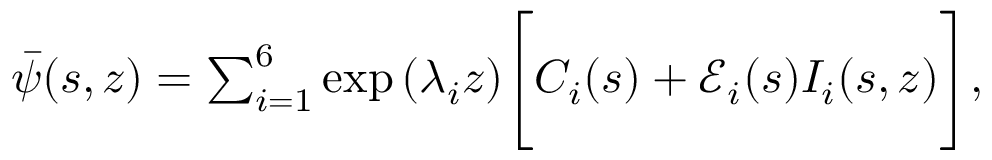
\begin{array} { r } { \bar { \psi } ( s , z ) = \sum _ { i = 1 } ^ { 6 } \exp { ( \lambda _ { i } z ) } \Bigg [ C _ { i } ( s ) + \mathscr { E } _ { i } ( s ) I _ { i } ( s , z ) \Bigg ] , } \end{array}